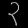
Digit: ၃